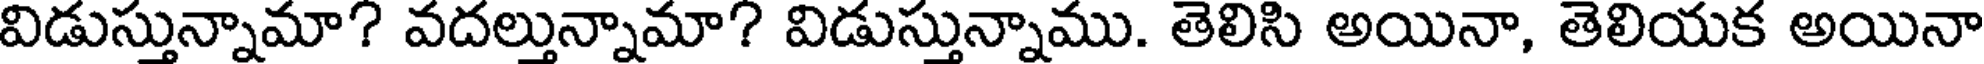
విడుస్తున్నామా? వదల్తున్నామా? విడుస్తున్నాము. తెలిసి అయినా, తెలియక అయినా